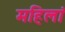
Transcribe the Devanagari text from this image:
महिलां